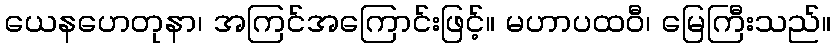
ယေနဟေတုနာ၊ အကြင်အကြောင်းဖြင့်။ မဟာပထဝီ၊ မြေကြီးသည်။